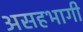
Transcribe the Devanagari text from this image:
असहभागी